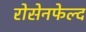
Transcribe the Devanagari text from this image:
रोसेनफेल्द